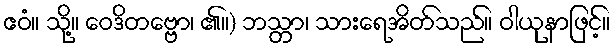
ဧဝံ။ သို့။ ဝေဒိတဗ္ဗော၊ ၏။) ဘသ္တာ၊ သားရေအိတ်သည်။ ဝါယုနာဖြင့်။